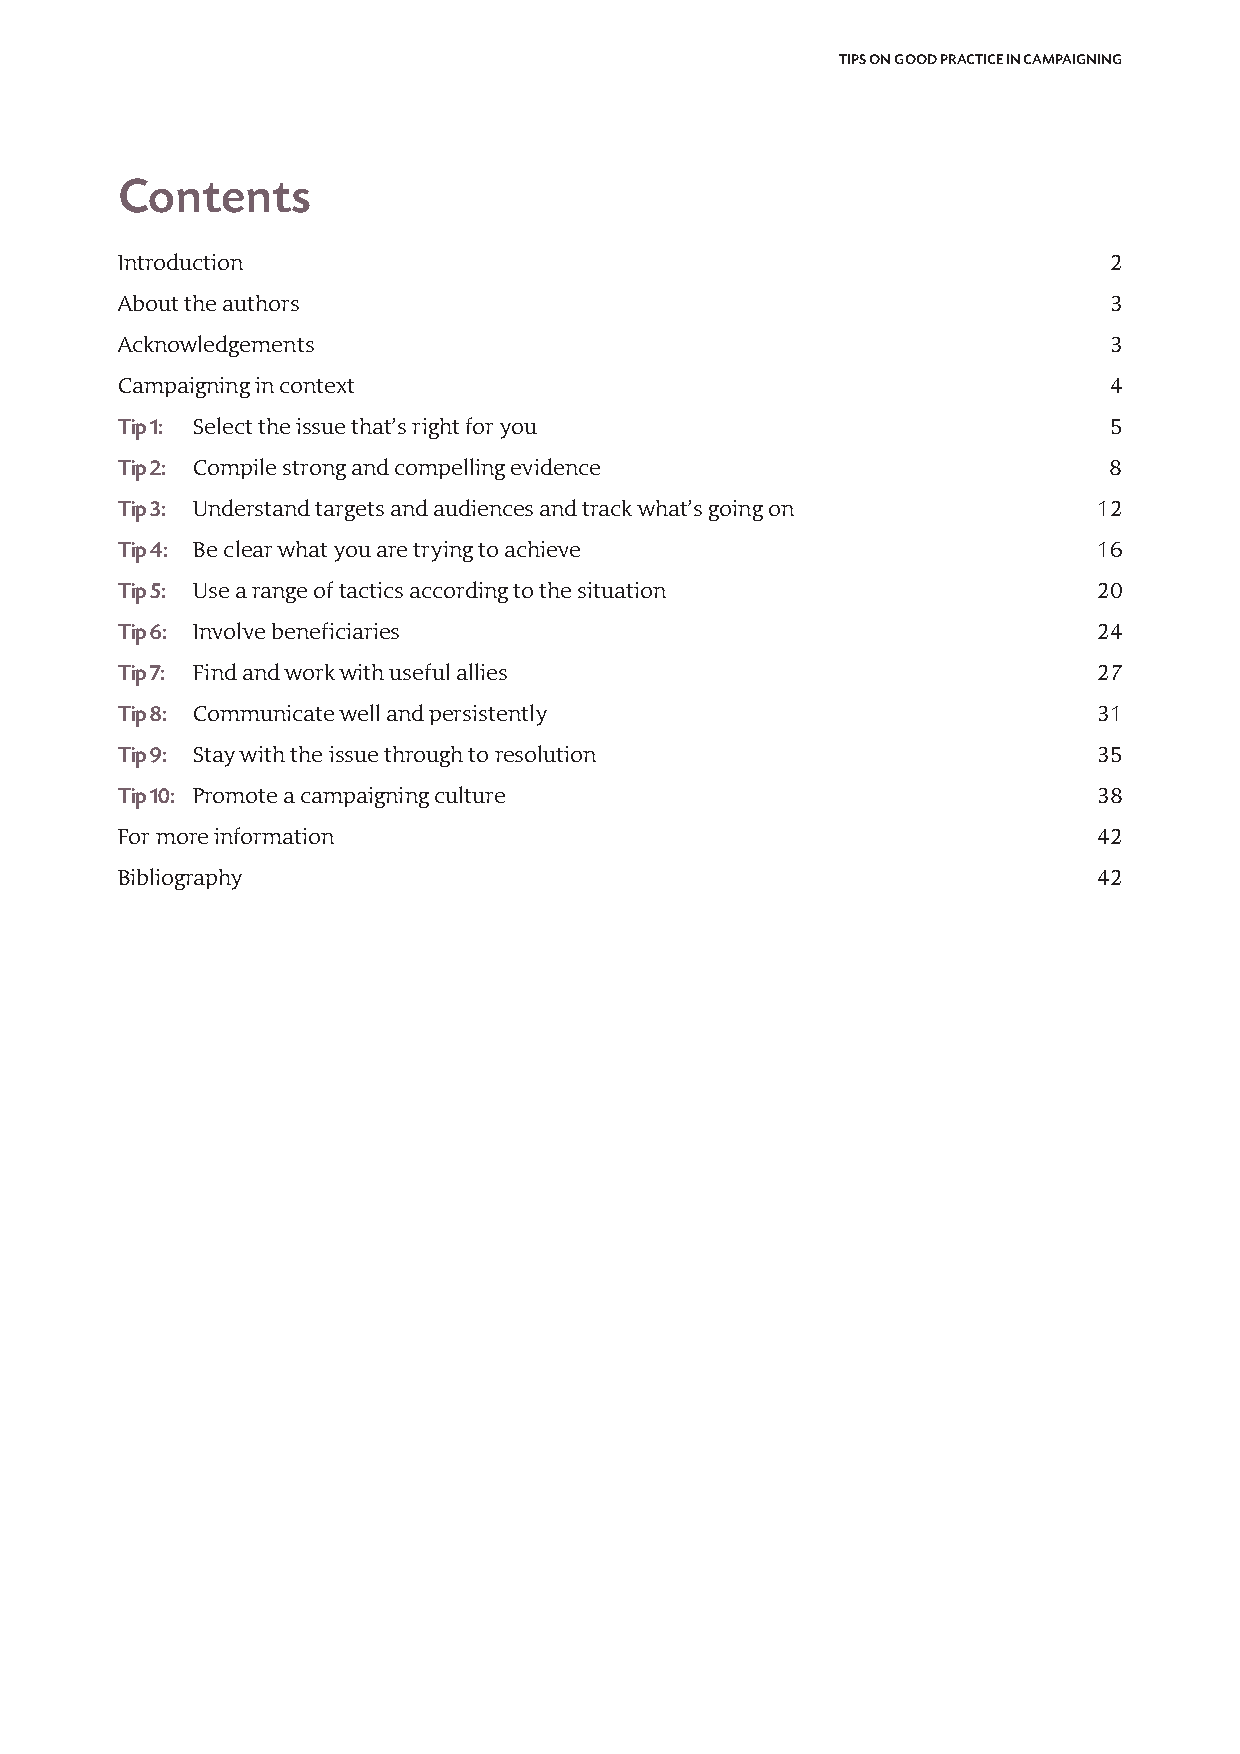
TIPS ON GOOD PRACTICE IN CAMPAIGNING
 Contents
 Introduction                                                     2
 About the authors                                                3
 Acknowledgements                                                 3
 Campaigning in context                                           4
 Tip 1: Select the issue that’s right for you                     5
 Tip 2: Compile strong and compelling evidence                    8
 Tip 3: Understand targets and audiences and track what’s going on 12
 Tip 4: Be clear what you are trying to achieve                   16
 Tip 5: Use a range of tactics according to the situation         20
 Tip 6: Involve beneficiaries                                     24
 Tip 7: Find and work with useful allies                          27
 Tip 8: Communicate well and persistently                         31
 Tip 9: Stay with the issue through to resolution                 35
 Tip 10: Promote a campaigning culture                            38
 For more information                                             42
 Bibliography                                                     42